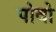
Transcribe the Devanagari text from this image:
पोवो